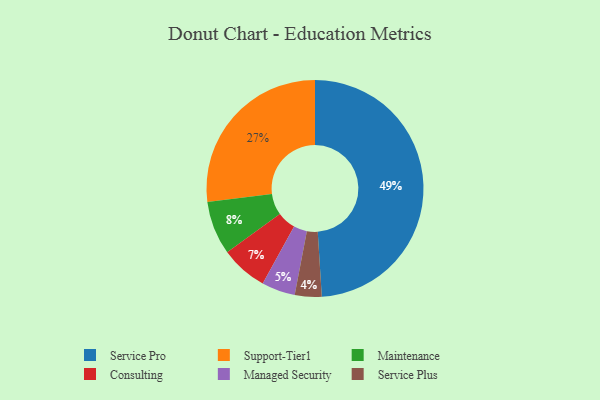
{"axis": {"x": "Category", "y": "Percentage"}, "legend": ["Consulting", "Maintenance", "Managed Security", "Service Plus", "Service Pro", "Support-Tier1"], "data": [{"x": "Maintenance", "y": 8, "type": "Maintenance"}, {"x": "Service Pro", "y": 49, "type": "Service Pro"}, {"x": "Consulting", "y": 7, "type": "Consulting"}, {"x": "Support-Tier1", "y": 27, "type": "Support-Tier1"}, {"x": "Service Plus", "y": 4, "type": "Service Plus"}, {"x": "Managed Security", "y": 5, "type": "Managed Security"}]}